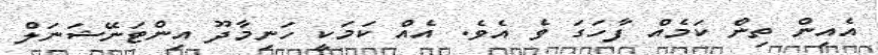
އެއިން ތިން ކަމެއް ފާހަގަ ވެ އެވެ. އެއް ކަމަކީ ހަނިމާދޫ އިންޓަނޭޝަނަލް